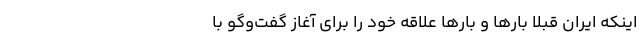
اینکه ایران قبلاً بارها و بارها علاقه خود را برای آغاز گفت‌و‌گو با